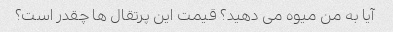
آیا به من میوه می دهید؟ قیمت این پرتقال ها چقدر است؟